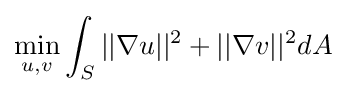
{\underset {u,v}{\text{min}}}\int _{S}||\nabla u||^{2}+||\nabla v||^{2}dA